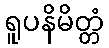
ရူပနိမိတ္တံ